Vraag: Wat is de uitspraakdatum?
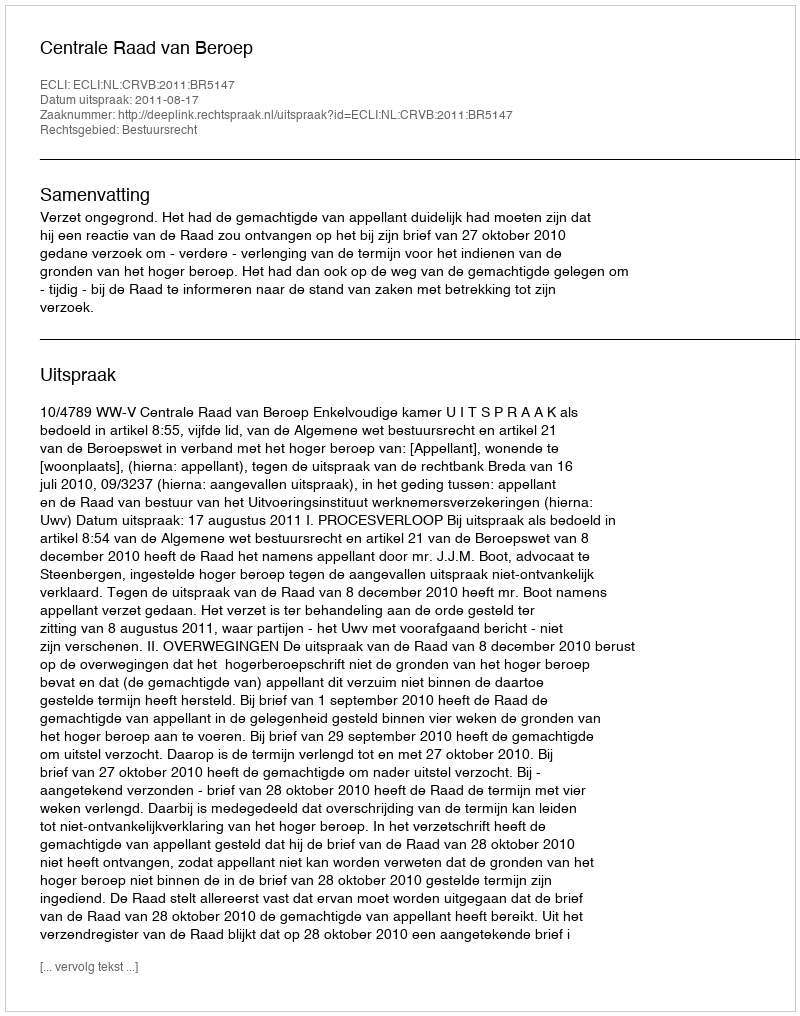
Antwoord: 2011-08-17